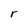
Character: r